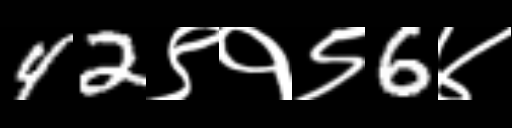
Text: 42९१९6४